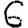
Digit: 6